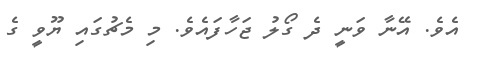
އެވެ. އޭނާ ވަނީ ދެ ގޯލު ޖަހާފައެވެ. މި މެޗުގައި ޔޫވީ ގެ